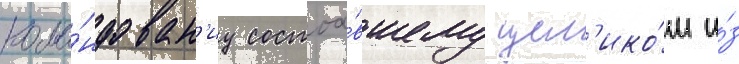
кома́ндован'иу состоа́вшему цел'ико́м и́з